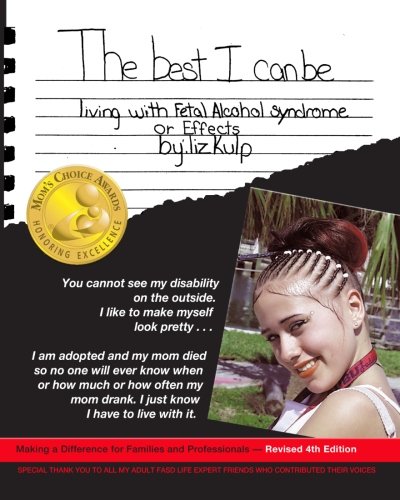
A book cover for The Best I Can Be: Living with Fetal Alcohol Syndrome or Effects; Liz Kulp; Parenting & Relationships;